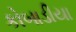
કોબાડીયા